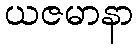
ယဇမာနာ